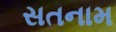
સતનામ